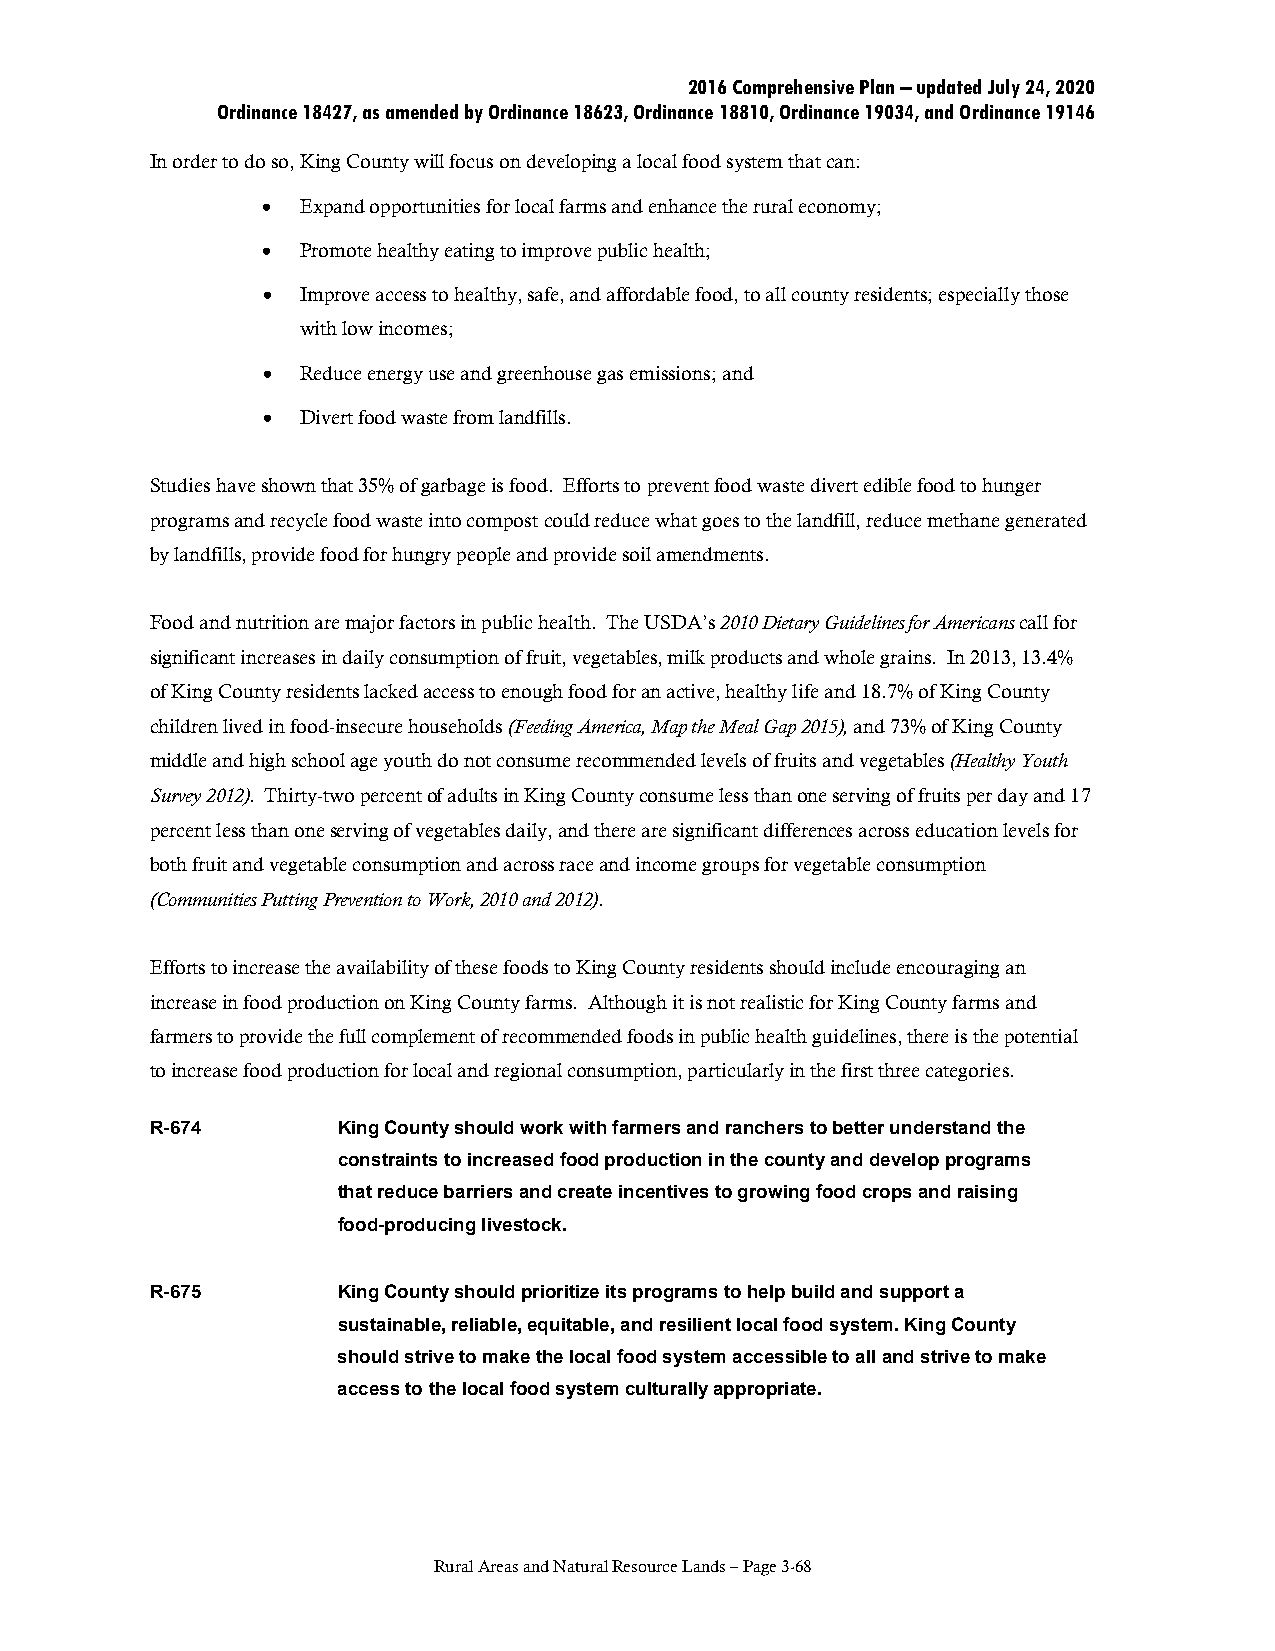
2016 Comprehensive Plan – updated July 24, 2020
 Ordinance 18427, as amended by Ordinance 18623, Ordinance 18810, Ordinance 19034, and Ordinance 19146
 In order to do so, King County will focus on developing a local food system that can:
 •  Expand opportunities for local farms and enhance the rural economy;
 •  Promote healthy eating to improve public health;
 •  Improve access to healthy, safe, and affordable food, to all county residents; especially those
 with low incomes;
 •  Reduce energy use and greenhouse gas emissions; and
 •  Divert food waste from landfills.
 Studies have shown that 35% of garbage is food. Efforts to prevent food waste divert edible food to hunger
 programs and recycle food waste into compost could reduce what goes to the landfill, reduce methane generated
 by landfills, provide food for hungry people and provide soil amendments.
 Food and nutrition are major factors in public health. The USDA’s 2010 Dietary Guidelines for Americans call for
 significant increases in daily consumption of fruit, vegetables, milk products and whole grains. In 2013, 13.4%
 of King County residents lacked access to enough food for an active, healthy life and 18.7% of King County
 children lived in food-insecure households (Feeding America, Map the Meal Gap 2015), and 73% of King County
 middle and high school age youth do not consume recommended levels of fruits and vegetables (Healthy Youth
 Survey 2012). Thirty-two percent of adults in King County consume less than one serving of fruits per day and 17
 percent less than one serving of vegetables daily, and there are significant differences across education levels for
 both fruit and vegetable consumption and across race and income groups for vegetable consumption
 (Communities Putting Prevention to Work, 2010 and 2012).
 Efforts to increase the availability of these foods to King County residents should include encouraging an
 increase in food production on King County farms. Although it is not realistic for King County farms and
 farmers to provide the full complement of recommended foods in public health guidelines, there is the potential
 to increase food production for local and regional consumption, particularly in the first three categories.
 R-674       King County should work with farmers and ranchers to better understand the
 constraints to increased food production in the county and develop programs
 that reduce barriers and create incentives to growing food crops and raising
 food-producing livestock.
 R-675       King County should prioritize its programs to help build and support a
 sustainable, reliable, equitable, and resilient local food system. King County
 should strive to make the local food system accessible to all and strive to make
 access to the local food system culturally appropriate.
 Rural Areas and Natural Resource Lands – Page 3-68